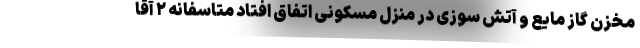
مخزن گاز مایع و آتش سوزی در منزل مسکونی اتفاق افتاد متاسفانه ۲ آقا